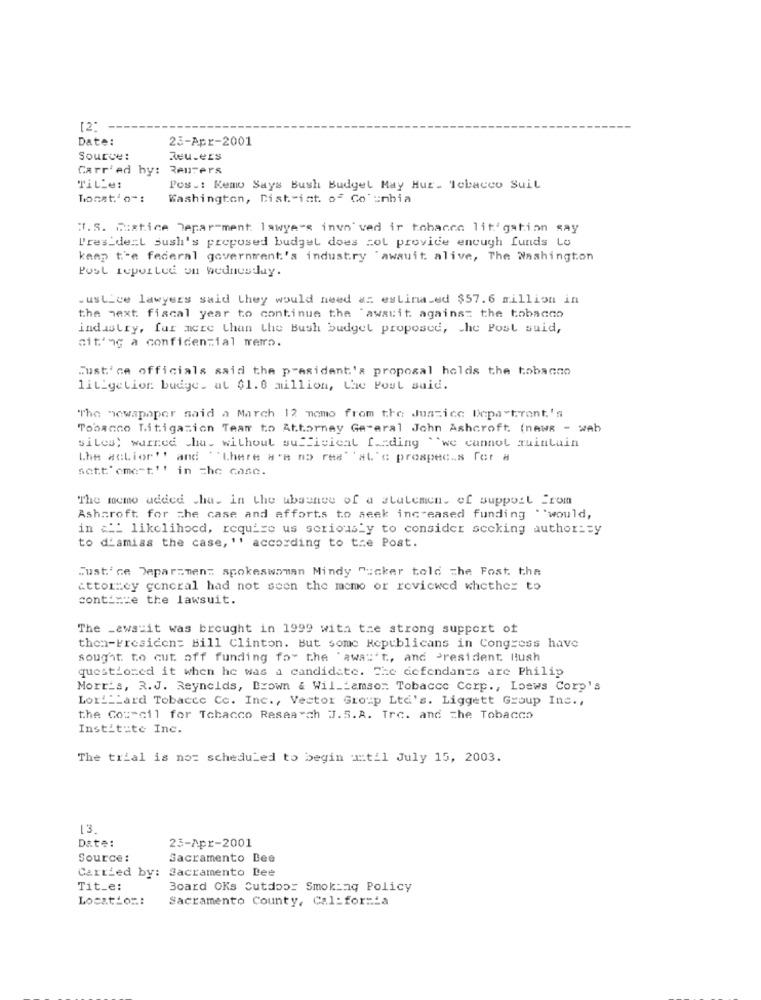
[2] -
Date:
23-Apr-2001
Source:
Reuters
Carr'ed by: Reuters
Title:
Pos .: Kemo Says Bush Budget May Hur. Tobacco Suit
Washington, Dist int. of Columbia
T.S. Rustice Department: lawyers invo' ved ir tohacen litigation say
P'res de:L sush's proposed budget does col provide enough funds Lo
keep t'e federal government's industry "awauit alive, The Washington
Post reported on wednesday.
. usLice lawyers said they would need a: estimated $57.6 million in
the next fiscal year to continue the 'awsuit against the tobacco
industry, far more than the Bush budget proposed, che Post suid,
citing a confidencial tremo.
Justice officials said the president's proposal holds the tobacco
litigetior. budge. at $1.6 million, Che Post said.
"The newapaper said a March 12 momo from the Justice lepatront's
Tobacco Litigation Team to Attorney Ge-aral John Ashcroft (news - wab
siles; warred chu. without sufficical f.ding "we cannot quintain
Lhe acLior'' and '"Lhere H's no res" 'aL'c prospec.s for #
Sott'cme-t'' in the case.
The memo added .ha. in the ubsunee of a statemen. of support from
Ashcroft for the case and efforts to seek increased funding .'would,
in a likelihocd, require us seriously to consider sccking author == y
to d'amiss the case, '' according to the Post.
Justice Department spokeswoman Mindy "ucker told The Fost. the
Attorney general had not seen the memo or reviewed whether to
continue the lawsuit.
The Lawsuit was brought in 1999 with the strong support of
then-Presiden= Bill Clinton. But some Republicans in Congress have
sought to cut off funding for the 'awal't, and President Bush
questioned it when he was a candidate. She defendants are Philip
Morris, R.J. Reynolds, Brown & Williamsom: Tobacco Corp ., Loews Corp's
Lor' Lard Tobacce Cc. Inc ., Vector Group Ltd's. Liggett Group Inc .,
the Con cil for Tobacco Research J.S.A. Tre. and The Tobacco
Institute Inc.
The trial is not scheduled to begin i:til July 15, 2003.
13.
Date:
23-Apr-2001
Source:
Sacramento Bee
Carried by:
Sacramento Lee
Tit_e:
Board OKs Cutdoor Smokinq Policy
Location:
Sacramento County, Ca1: forsia